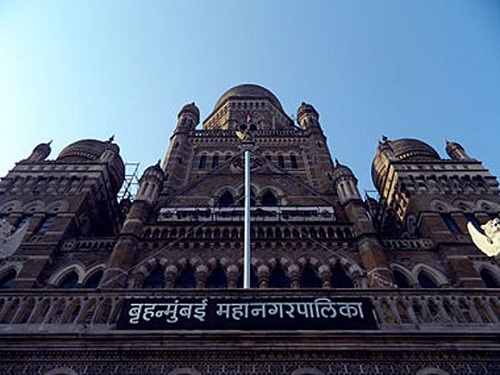
Language: marathi
Transcription: बृहन्मुंबई महानगरपालिका